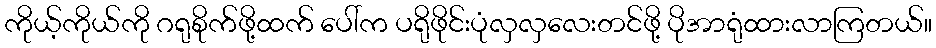
ကိုယ့်ကိုယ်ကို ဂရုစိုက်ဖို့ထက် ပေါ်က ပရိုဖိုင်းပုံလှလှလေးတင်ဖို့ ပိုအာရုံထားလာကြတယ်။